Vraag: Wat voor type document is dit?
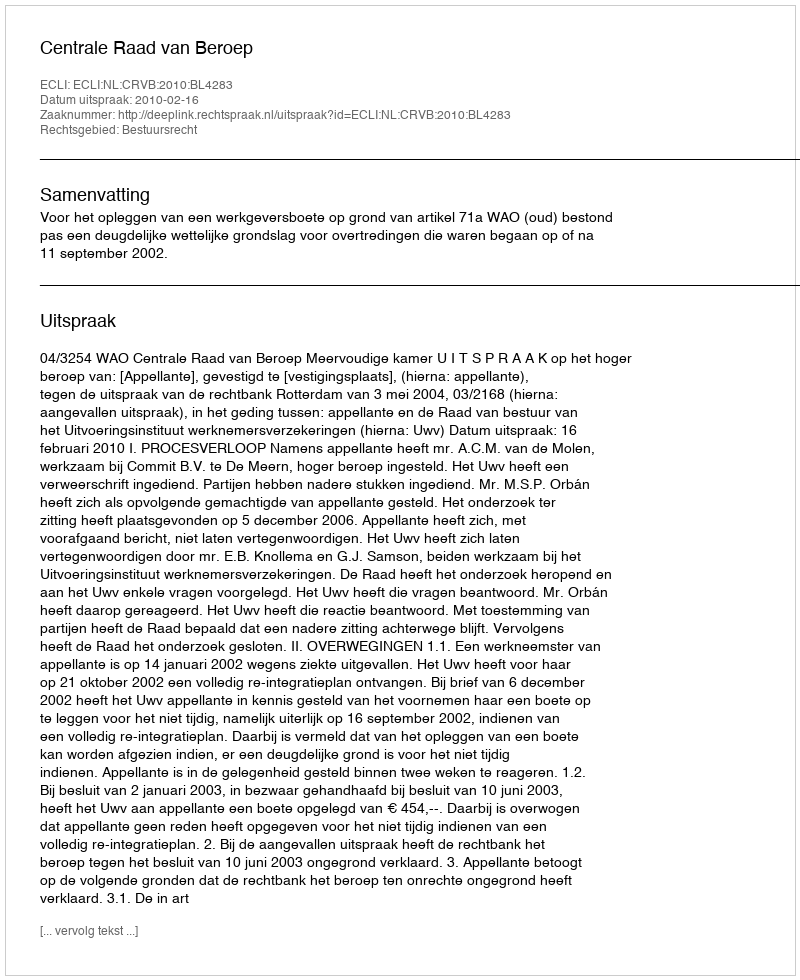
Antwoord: Uitspraak